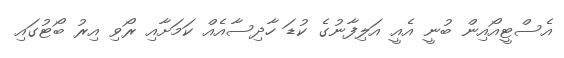
އެސްޓީއޯއިން ބުނީ އެއީ އަލިފާނުގެ ކުޑަ ހާދިސާއެއް ކަމަށާއި ރޯވި އިރު ބޯޓުގައި